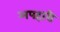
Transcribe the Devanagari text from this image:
अपहारी